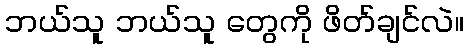
ဘယ်သူ ဘယ်သူ တွေကို ဖိတ်ချင်လဲ။